system: You are a helpful assistant.
user:
Analyze the provided spectrum to determine if it is a **M-type Giant (gM)**.

A M-type Giant spectrum is defined by its **strong molecular absorption** features, particularly from **Titanium Oxide (TiO)**. You must check for one of the following mutually exclusive signatures:

- **Key Visual Indicators (Absorption-Dominated Spectrum):**

    - **(Primary):** The spectrum is dominated by strong molecular absorption from **Titanium Oxide (TiO)**. This is the **defining feature** of its M-type temperature class.
        - **(Key Bandheads):** Look for sharp, "saw-tooth" absorption valleys. The strongest are located near **~7050 Å**, **~6160 Å**, and **~5170 Å**.
        - **(Line Profile):** The "saw-tooth" morphology is critical: a **sharp, steep drop on the BLUE (short-wavelength) side** of the bandhead, followed by a gradual recovery (rising flux) towards the RED (long-wavelength) side.

    - **(Key Confirmation - Giant vs. Dwarf):** **ABSENCE** of strong **Calcium Hydride (CaH)** molecular bands. This is the primary diagnostic for *excluding* M-dwarfs.
        - **(Key Region):** The spectrum should lack the strong, broad absorption band seen in dwarfs between **~6800 Å and ~7000 Å**.

    - **(Secondary Confirmation - Giant):** A very strong and broad **Neutral Calcium (Ca I)** atomic absorption line.
        - **(Key Line):** Located at **~4226 Å**. In a giant (gM), this line is significantly deeper and broader than the same line in an M-dwarf (dM) due to low surface gravity.

    - **(Overall Spectrum):**
        - The continuum is **extremely red-sloping** (i.e., flux is very low in the blue and rises dramatically towards the red).
        - The entire spectrum appears "chopped up" by the deep TiO bands.

Think first, call **spectral_visualization_tool** if needed to examine features in detail, then provide your final answer. Your response must adhere to the following strict rules:
1.  **Overall Structure:** Your response must follow the format `<think>...</think> <tool_call>...</tool_call> (if a tool is used) <answer>...</answer>`.
2.  **Tool Usage Constraint:** You may only make **one** tool call per turn.
3.  **Final Answer Format:** In the `<answer>` tag, your conclusion must be inside a `\boxed{}` command (e.g., `\boxed{YES}` or `\boxed{NO}`), followed by your justification.

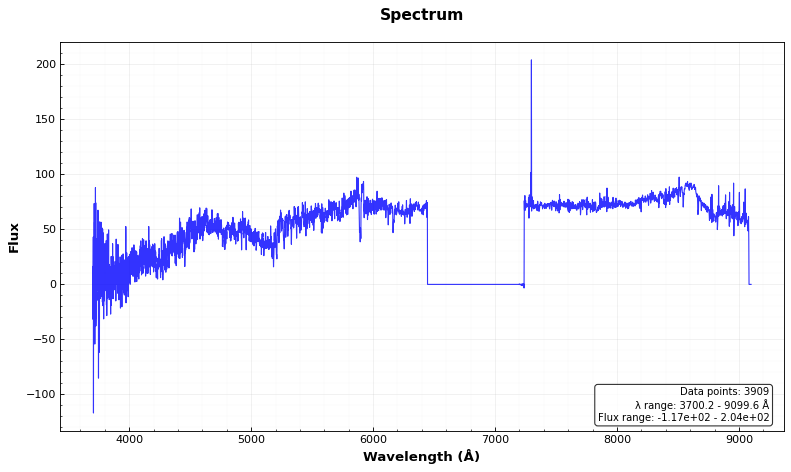
Answer: NO